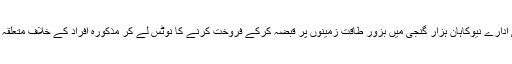
انہوں نے کہا کہ عدلیہ، حکومت اور سیکورٹی ادارے نیوکاہان ہزار گنجی میں بزور طاقت زمینوں پر قبضہ کرکے فروخت کرنے کا نوٹس لے کر مذکورہ افراد کے خلاف متعلقہ حکام کو کارروائی کے احکامات صادر کریں۔